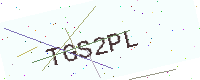
Text: TGS2PL